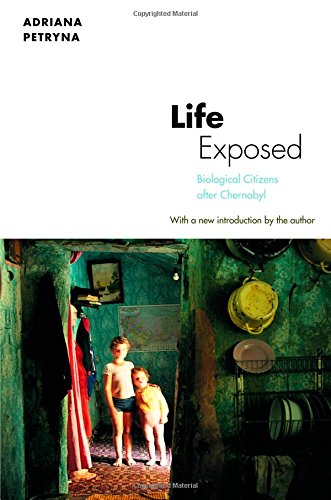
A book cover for Life Exposed: Biological Citizens after Chernobyl; Adriana Petryna; Politics & Social Sciences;